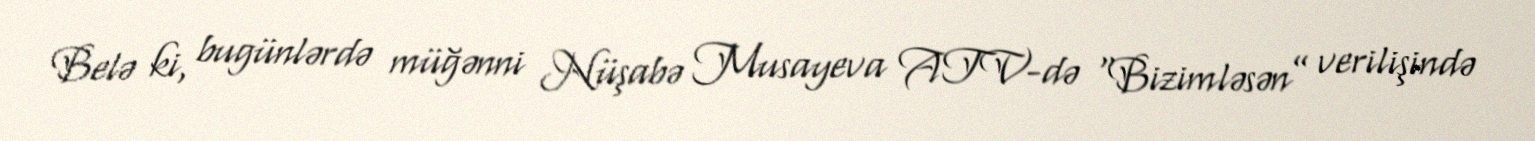
Belə ki, bugünlərdə müğənni Nüşabə Musayeva ATV-də “Bizimləsən” verilişində